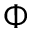
\Phi